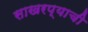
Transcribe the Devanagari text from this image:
साखरप्याची